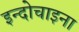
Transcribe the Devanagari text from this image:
इन्दोचाइना